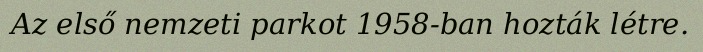
Az első nemzeti parkot 1958-ban hozták létre.